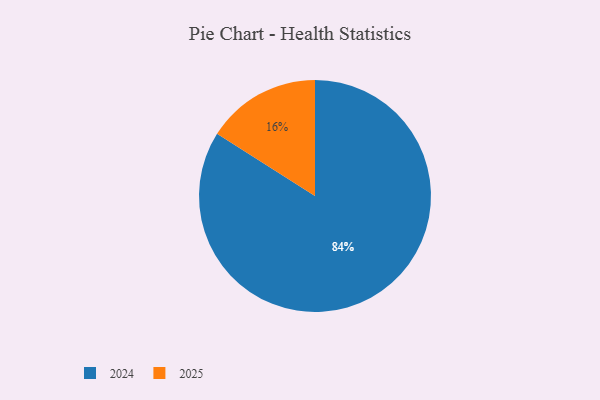
{"axis": {"x": "Category", "y": "Percentage"}, "legend": ["2024", "2025"], "data": [{"x": "2025", "y": 16, "type": "2025"}, {"x": "2024", "y": 84, "type": "2024"}]}